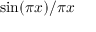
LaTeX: \sin ( \pi x ) / \pi x